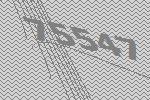
75547